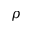
\rho